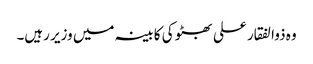
وہ ذوالفقار علی بھٹو کی کابینہ میں وزیر رہیں۔